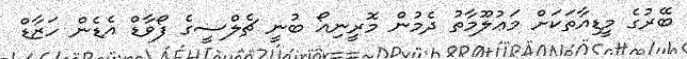
ބޭރުގެ މީޑިއާތަކަށް މަޢުލޫމާތު ދެމުން މޮރީނިއޯ ބުނީ ޗެލްސީގެ ފޯވާޑް އެޑެން ހަޒާޑް